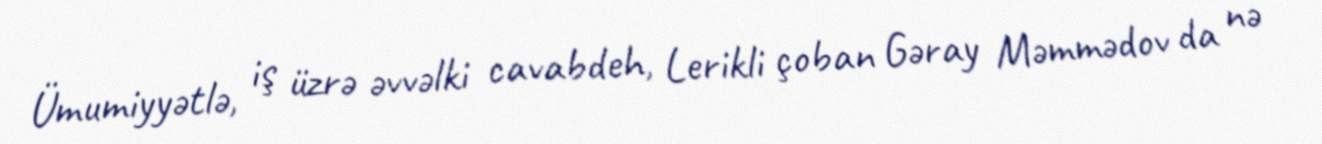
Ümumiyyətlə, iş üzrə əvvəlki cavabdeh, Lerikli çoban Gəray Məmmədov da nə